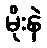
မိုးနဲ